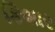
કિશાર